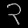
Digit: ၃